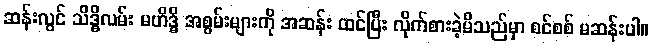
ဆန်းလွင် သိဒ္ဓိလမ်း မဟိဒ္ဓိ အစွမ်းများကို အဆန်း ထင်ပြီး လိုက်စားခဲ့မိသည်မှာ စင်စစ် မဆန်းပါ။